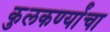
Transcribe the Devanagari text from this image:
कुलकर्ण्यांचा